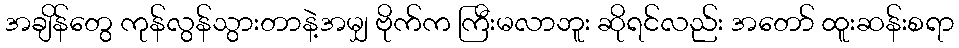
အချိန်တွေ ကုန်လွန်သွားတာနဲ့အမျှ ဗိုက်က ကြီးမလာဘူး ဆိုရင်လည်း အတော် ထူးဆန်းစရာ